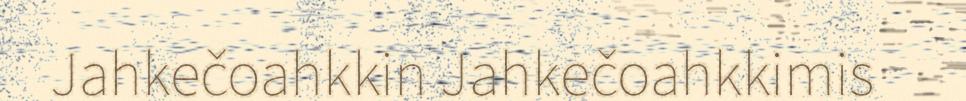
Jahkečoahkkin Jahkečoahkkimis